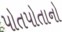
પોતપોતાનો